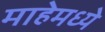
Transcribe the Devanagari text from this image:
माहेमध्ये